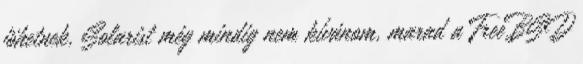
jöhetnek, Solarist még mindig nem kívánom, marad a FreeBSD